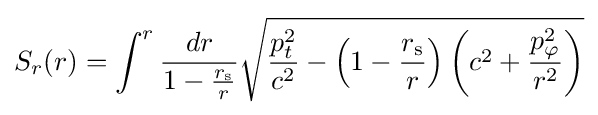
S_{r}(r)=\int ^{r}{\frac {dr}{1-{\frac {r_{\text{s}}}{r}}}}{\sqrt {{\frac {p_{t}^{2}}{c^{2}}}-\left(1-{\frac {r_{\text{s}}}{r}}\right)\left(c^{2}+{\frac {p_{\varphi }^{2}}{r^{2}}}\right)}}